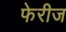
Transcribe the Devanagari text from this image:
फेरीज